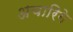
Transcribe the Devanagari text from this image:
अचारिगे